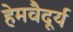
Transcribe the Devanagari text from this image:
हेमवैदूर्य